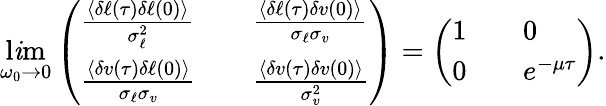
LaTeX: \operatorname*{l\mathit{i}m}_{\omega_{0}\to0}\left(\begin{array}{lll}{\frac{\langle\delta\ell(\tau)\delta\ell(0)\rangle}{\sigma_{\ell}^{2}}}&&{\frac{\langle\delta\ell(\tau)\delta v(0)\rangle}{\sigma_{\ell}\sigma_{v}}}\\ {\frac{\langle\delta v(\tau)\delta\ell(0)\rangle}{\sigma_{\ell}\sigma_{v}}}&&{\frac{\langle\delta v(\tau)\delta v(0)\rangle}{\sigma_{v}^{2}}}\end{array}\right)=\left(\begin{array}{lll}{1}&&{0}\\ {0}&&{e^{-\mu\tau}}\end{array}\right).